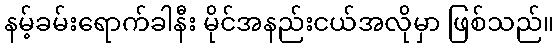
နမ့်ခမ်းရောက်ခါနီး မိုင်အနည်းငယ်အလိုမှာ ဖြစ်သည်။